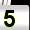
Digit: 5